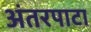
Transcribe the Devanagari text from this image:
अंतरपाटा